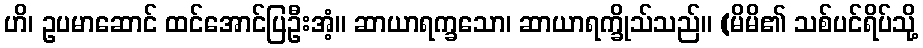
ဟိ၊ ဥပမာဆောင် ထင်အောင်ပြဦးအံ့။ ဆာယာရက္ခသော၊ ဆာယာရက္ခိုသ်သည်။ (မိမိ၏ သစ်ပင်ရိပ်သို့